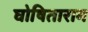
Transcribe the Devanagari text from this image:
घोषिताराम